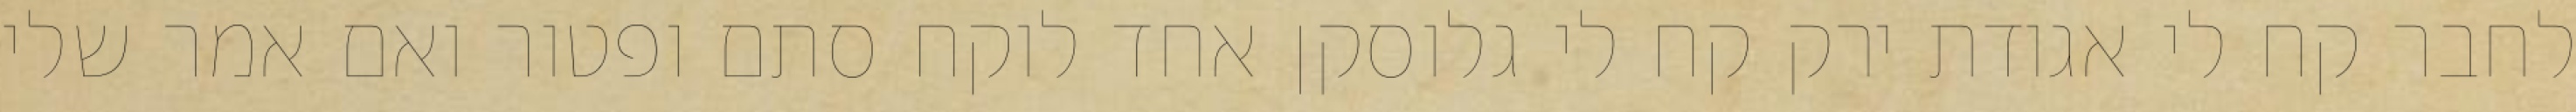
לחבר קח לי אגודת ירק קח לי גלוסקן אחד לוקח סתם ופטור ואם אמר שלי